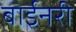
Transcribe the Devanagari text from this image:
बाईनरी